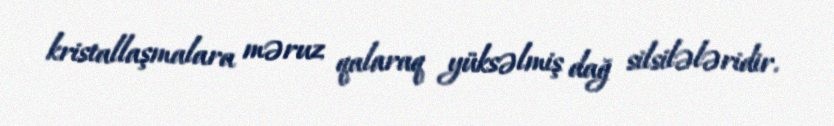
kristallaşmalara məruz qalaraq yüksəlmiş dağ silsilələridir.